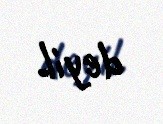
deyil.